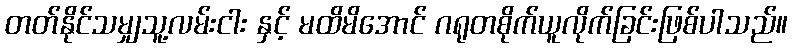
တတ်နိုင်သမျှသူ့လမ်းငါး နှင့် မထိမိအောင် ဂရုတစိုက်ယူလိုက်ခြင်းဖြစ်ပါသည်။